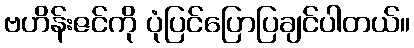
ဗဟိန်းဇင်ကို ပုံပြင်ပြောပြချင်ပါတယ်။